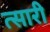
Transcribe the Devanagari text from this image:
त्सारी